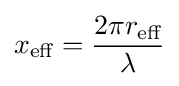
x_{\text{eff}}={\frac {2\pi r_{\text{eff}}}{\lambda }}